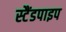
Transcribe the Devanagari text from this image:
स्टैंडपाइप